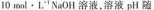
10mol·L^{-1}NaOH溶液，溶液pH随